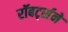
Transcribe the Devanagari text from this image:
रॉबर्ट्सने